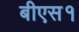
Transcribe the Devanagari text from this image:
बीएस१